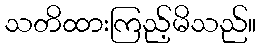
သတိထားကြည့်မိသည်။